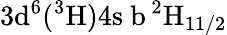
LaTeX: \mathrm{3d^{6}(^{3}H)4s\ b\, ^{2}H_{11/2}}